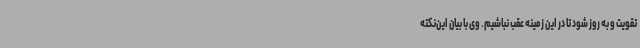
تقویت و به روز شود تا در این زمینه عقب نباشیم. وی با بیان این‌نکته